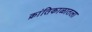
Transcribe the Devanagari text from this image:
क्रांतिकाळातला